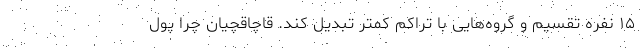
۱۵ نفره تقسیم و گروه‌هایی با تراکم کمتر تبدیل کند. قاچاقچیان چرا پول